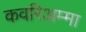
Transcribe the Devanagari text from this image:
कवरिअम्मा